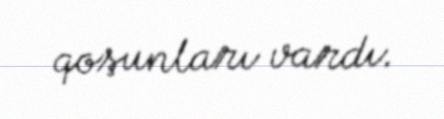
qoşunları vardı.